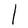
Character: l